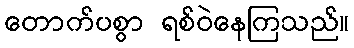
တောက်ပစွာ ရစ်ဝဲနေကြသည်။